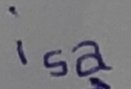
Text: isa